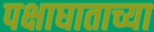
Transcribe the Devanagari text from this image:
पक्षाघाताच्या